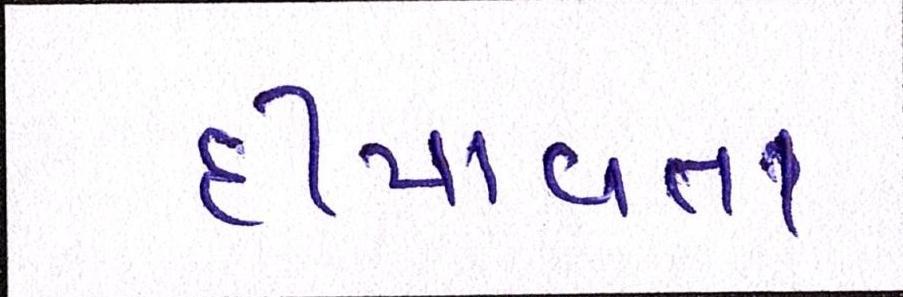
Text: દીપાવતા